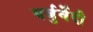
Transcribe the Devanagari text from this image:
यर्जुर्वेेदी